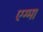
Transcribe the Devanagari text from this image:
एग्मा